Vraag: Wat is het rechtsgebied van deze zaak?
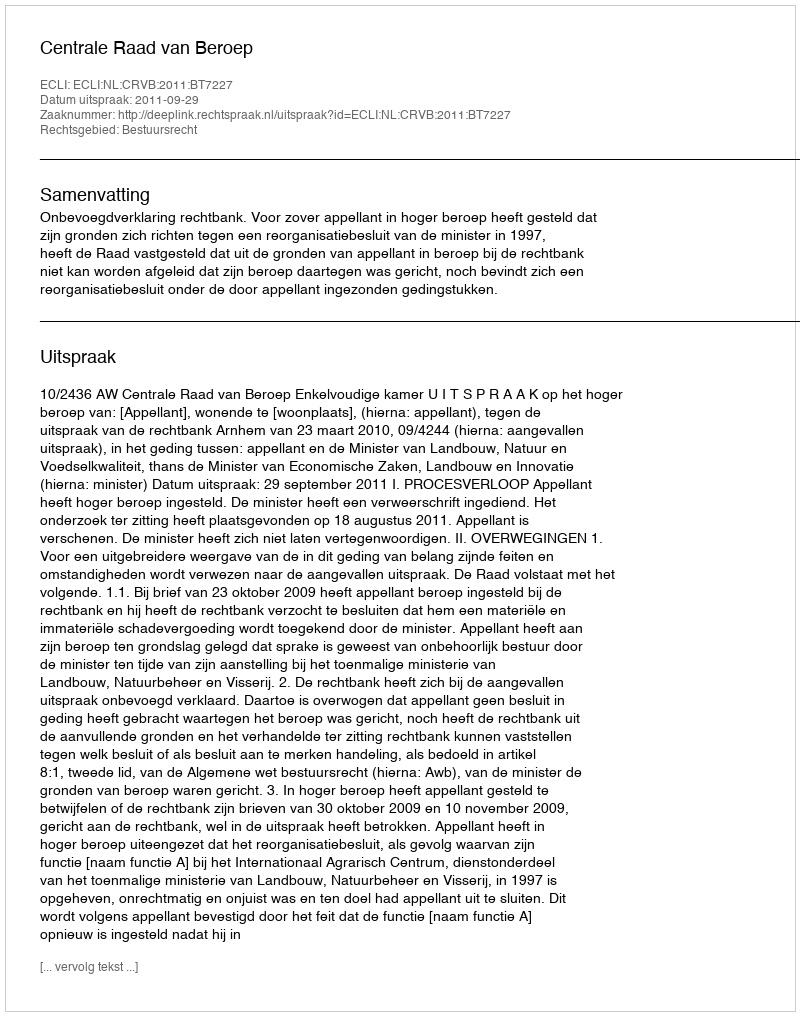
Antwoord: Bestuursrecht